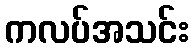
ကလပ်အသင်း